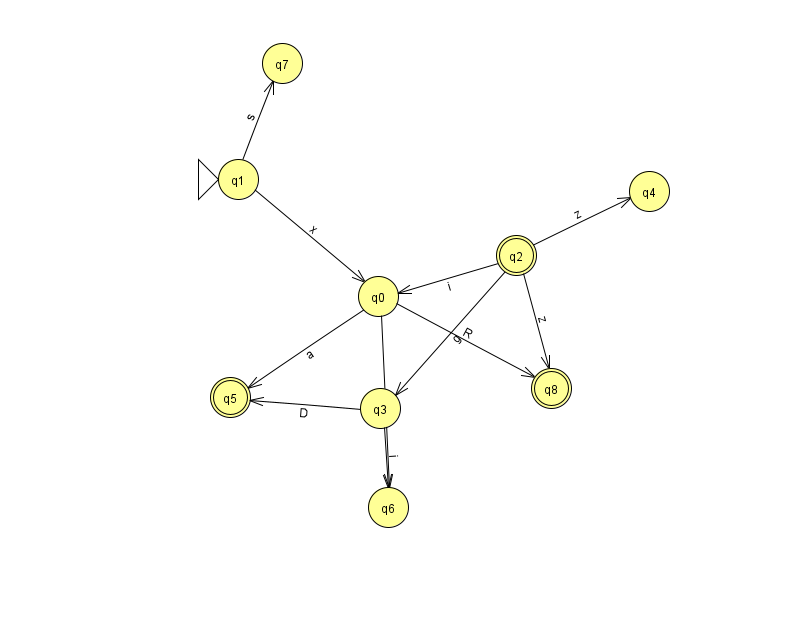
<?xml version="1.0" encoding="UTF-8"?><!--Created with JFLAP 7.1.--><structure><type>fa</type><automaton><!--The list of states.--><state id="0" name="q0"><x>378.0</x><y>283.0</y></state><state id="1" name="q1"><x>238.0</x><y>166.0</y><initial/></state><state id="2" name="q2"><x>516.0</x><y>242.0</y><final/></state><state id="3" name="q3"><x>380.0</x><y>395.0</y></state><state id="4" name="q4"><x>649.0</x><y>178.0</y></state><state id="5" name="q5"><x>230.0</x><y>384.0</y><final/></state><state id="6" name="q6"><x>388.0</x><y>494.0</y></state><state id="7" name="q7"><x>282.0</x><y>50.0</y></state><state id="8" name="q8"><x>551.0</x><y>375.0</y><final/></state><!--The list of transitions.--><transition><from>2</from><to>3</to><read>g</read></transition><transition><from>3</from><to>5</to><read>D</read></transition><transition><from>3</from><to>6</to><read>i</read></transition><transition><from>1</from><to>0</to><read>x</read></transition><transition><from>2</from><to>0</to><read>i</read></transition><transition><from>2</from><to>4</to><read>z</read></transition><transition><from>0</from><to>6</to><read>J</read></transition><transition><from>1</from><to>7</to><read>s</read></transition><transition><from>2</from><to>8</to><read>z</read></transition><transition><from>0</from><to>5</to><read>a</read></transition><transition><from>0</from><to>8</to><read>R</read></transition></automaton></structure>